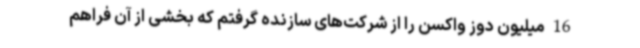
16 میلیون دوز واکسن را از شرکت‌های سازنده گرفتم که بخشی از آن فراهم